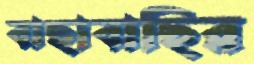
বাছাবাছির